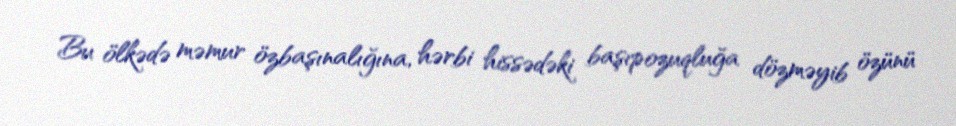
Bu ölkədə məmur özbaşınalığına, hərbi hissədəki başıpozuqluğa dözməyib özünü